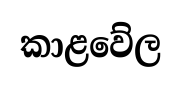
කාළවේල